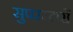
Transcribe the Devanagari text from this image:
सुपरस्टारों